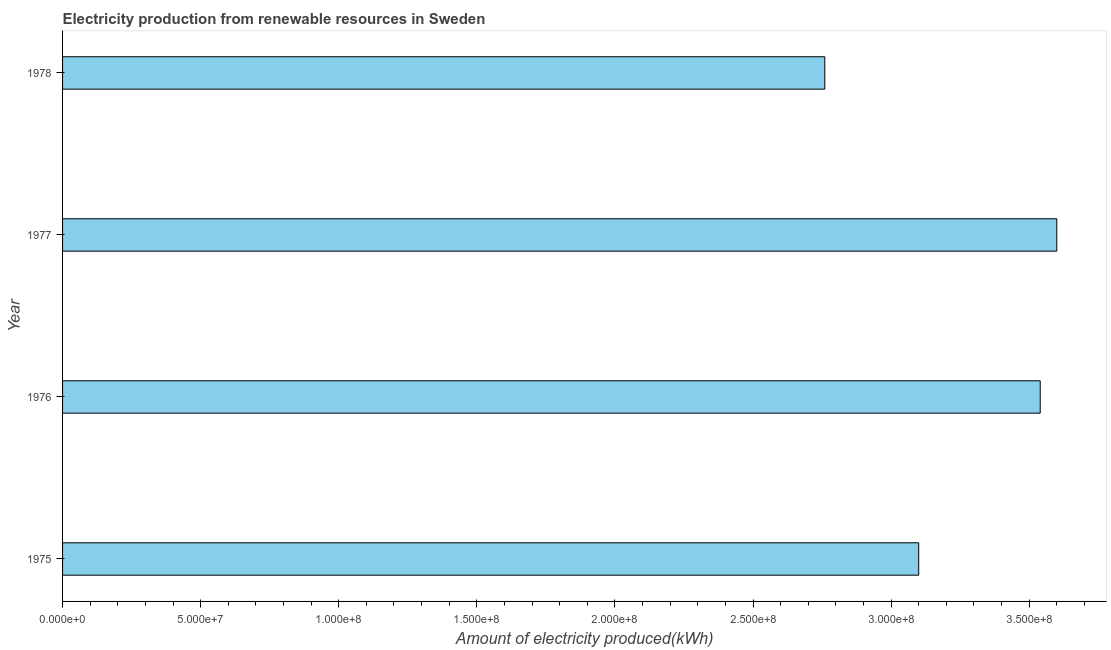
| Year | Electricity production from renewable sources |
 | --- | --- |
 | 1975 | 3.1e+08 |
 | 1976 | 3.54e+08 |
 | 1977 | 3.6e+08 |
 | 1978 | 2.76e+08 |